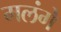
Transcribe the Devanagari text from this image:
मलंगे